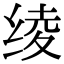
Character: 绫